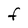
Character: F